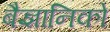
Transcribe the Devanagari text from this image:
बैज्ञानिको